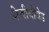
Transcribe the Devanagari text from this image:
केवीवीजेड